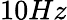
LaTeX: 10Hz